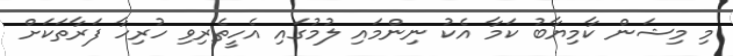
މި މިޝަން ކާމިޔާބު ކަމާ އެކު ނިންމައި ލުމުގައި އެހީތެރިވި ހުރިހާ ފަރާތަކަށް